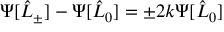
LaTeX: \Psi [ \hat { L } _ { \pm } ] - \Psi [ \hat { L } _ { 0 } ] = \pm 2 k \Psi [ \hat { L } _ { 0 } ]